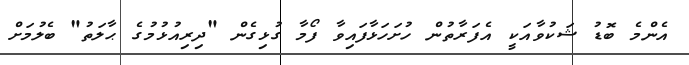
އެންމެ ބޮޑު ޝަކުވާއަކީ އެފަރާތުން ހުށަހަޅާފައިވާ ފޯމާ ގުޅިގެން "ދިރިއުޅުމުގެ ޙާލަތު" ބެލުމަށް